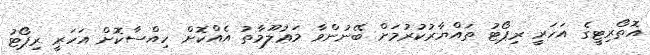
އޮތޯރިޓީގެ އަހަރީ ރިޕޯޓު ތައްޔާރުކުރުމަށް ބޭނުންވާ މަޢުލޫމާތު އެއްކޮށް ހިއްސާކޮށް އަހަރީ ރިޕޯޓު